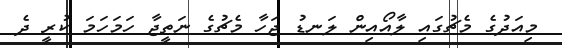
މިއަދުގެ މެޗުގައި ލާއޯއިން ލަނޑު ޖަހާ މެޗުގެ ނަތީޖާ ހަމަހަމަ ކުރީ ދެ